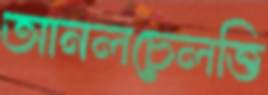
আনলচেলত্তি